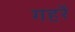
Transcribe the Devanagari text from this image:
गहरें